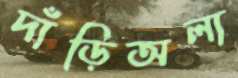
দাঁড়িঅলা